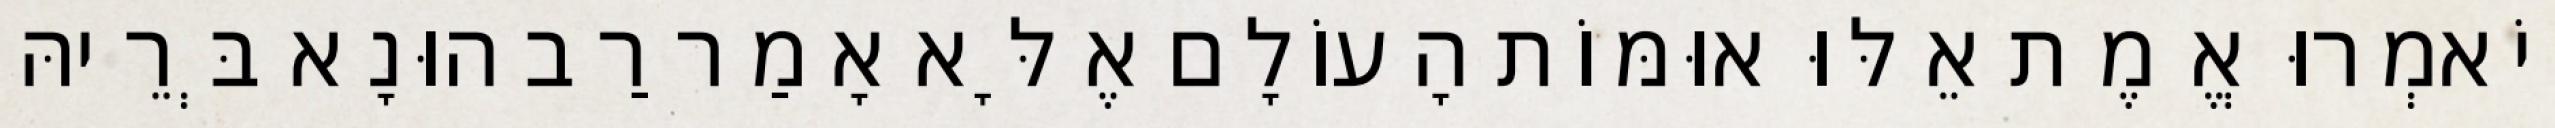
וְיֹאמְרוּ אֱמֶת אֵלּוּ אוּמּוֹת הָעוֹלָם אֶלָּא אָמַר רַב הוּנָא בְּרֵיהּ